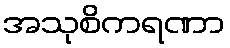
အသုစိကရဏာ